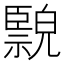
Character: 𦣲